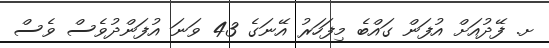
ށ. ފޭދުއަށް އުފަން ގައްބެ މިފަހަރު އޭނަގެ 43 ވަނަ އުފަންދުވެސް ވެސް